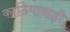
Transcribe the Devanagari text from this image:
काठियावाड़ी